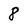
Character: 8